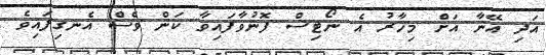
އަދި އޭނާ އަށް މިހާރު އެ ނޯޓިސް ފޮނުވާފައިވާ ކަން ވެސް އެނގިފައިވެ